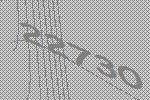
22730